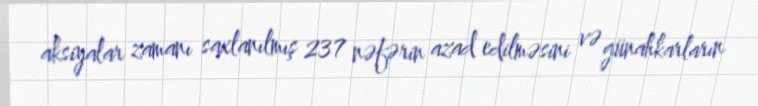
aksiyalar zamanı saxlanılmış 237 nəfərin azad edilməsini və günahkarların